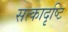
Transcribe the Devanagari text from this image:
सत्कादृष्टि